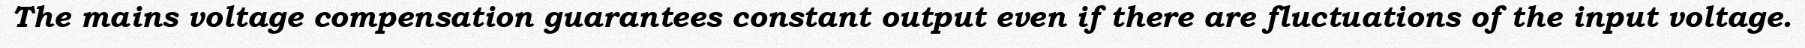
The mains voltage compensation guarantees constant output even if there are fluctuations of the input voltage.